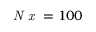
\textit { N x } = 1 0 0